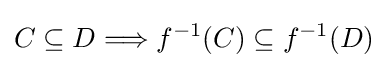
C\subseteq D\Longrightarrow f^{-1}(C)\subseteq f^{-1}(D)